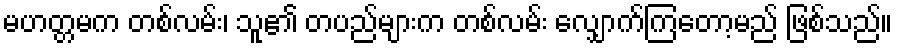
မဟတ္တမက တစ်လမ်း၊ သူ၏ တပည်များက တစ်လမ်း လျှောက်ကြတော့မည် ဖြစ်သည်။